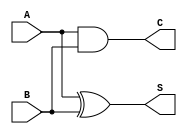
module half_adder (
    input A,
    input B,
    output S,
    output C
);

assign S = A ^ B;
assign C = A & B;

endmodule